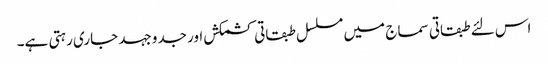
اس لئے طبقاتی سماج میں مسلسل طبقاتی کشمکش اور جدوجہد جاری رہتی ہے۔